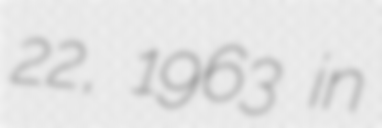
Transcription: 22, 1963 in